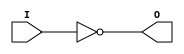
//    Xilinx Proprietary Primitive Cell X_INV for Verilog
//
// $Header: /devl/xcs/repo/env/Databases/CAEInterfaces/verplex_libs/data/simprims/X_INV.v,v 1.3.198.3 2004/09/28 20:47:46 wloo Exp $
//

`celldefine
`timescale 1 ps/1 ps

module X_INV (O, I);

  output O;
  input I;

  not (O, I);

endmodule